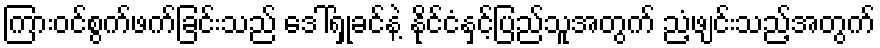
ကြားဝင်စွက်ဖက်ခြင်းသည် ဒေါ်ရှုခင်နဲ့ နိုင်ငံနှင့်ပြည်သူအတွက် ညံ့ဖျင်းသည့်အတွက်